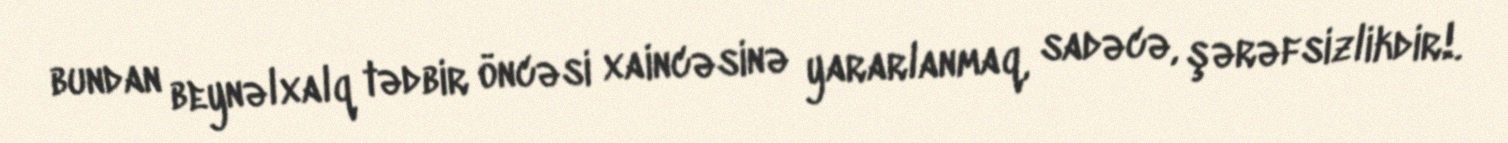
bundan beynəlxalq tədbir öncəsi xaincəsinə yararlanmaq, sadəcə, şərəfsizlikdir!.